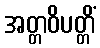
အတ္တဝိပတ္တိံ